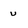
Character: u